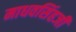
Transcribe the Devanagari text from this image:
माधवसिंहजी